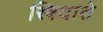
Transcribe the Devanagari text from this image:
स्त्रियांते